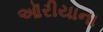
ઑરીયાના